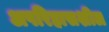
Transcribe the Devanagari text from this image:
अपरिहासशील